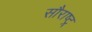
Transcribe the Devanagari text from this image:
सौराष्ट्र्